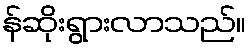
န်ဆိုးရွားလာသည်။